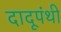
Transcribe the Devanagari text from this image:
दादूपंथी